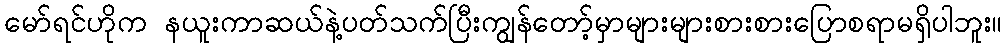
မော်ရင်ဟိုက နယူးကာဆယ်နဲ့ပတ်သက်ပြီးကျွန်တော့်မှာများများစားစားပြောစရာမရှိပါဘူး။